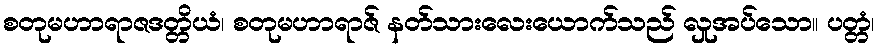
စတုမဟာရာဇဒတ္တိယံ၊ စတုမဟာရာဇ် နတ်သားလေးယောက်သည် လှုအပ်သော။ ပတ္တံ၊